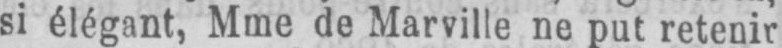
si élégant, Mme de Marville ne put retenir